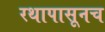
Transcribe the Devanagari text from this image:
रथापासूनच